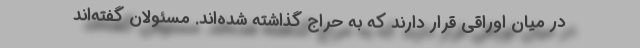
در میان اوراقی قرار دارند که به حراج گذاشته شده‌اند. مسئولان گفته‌اند